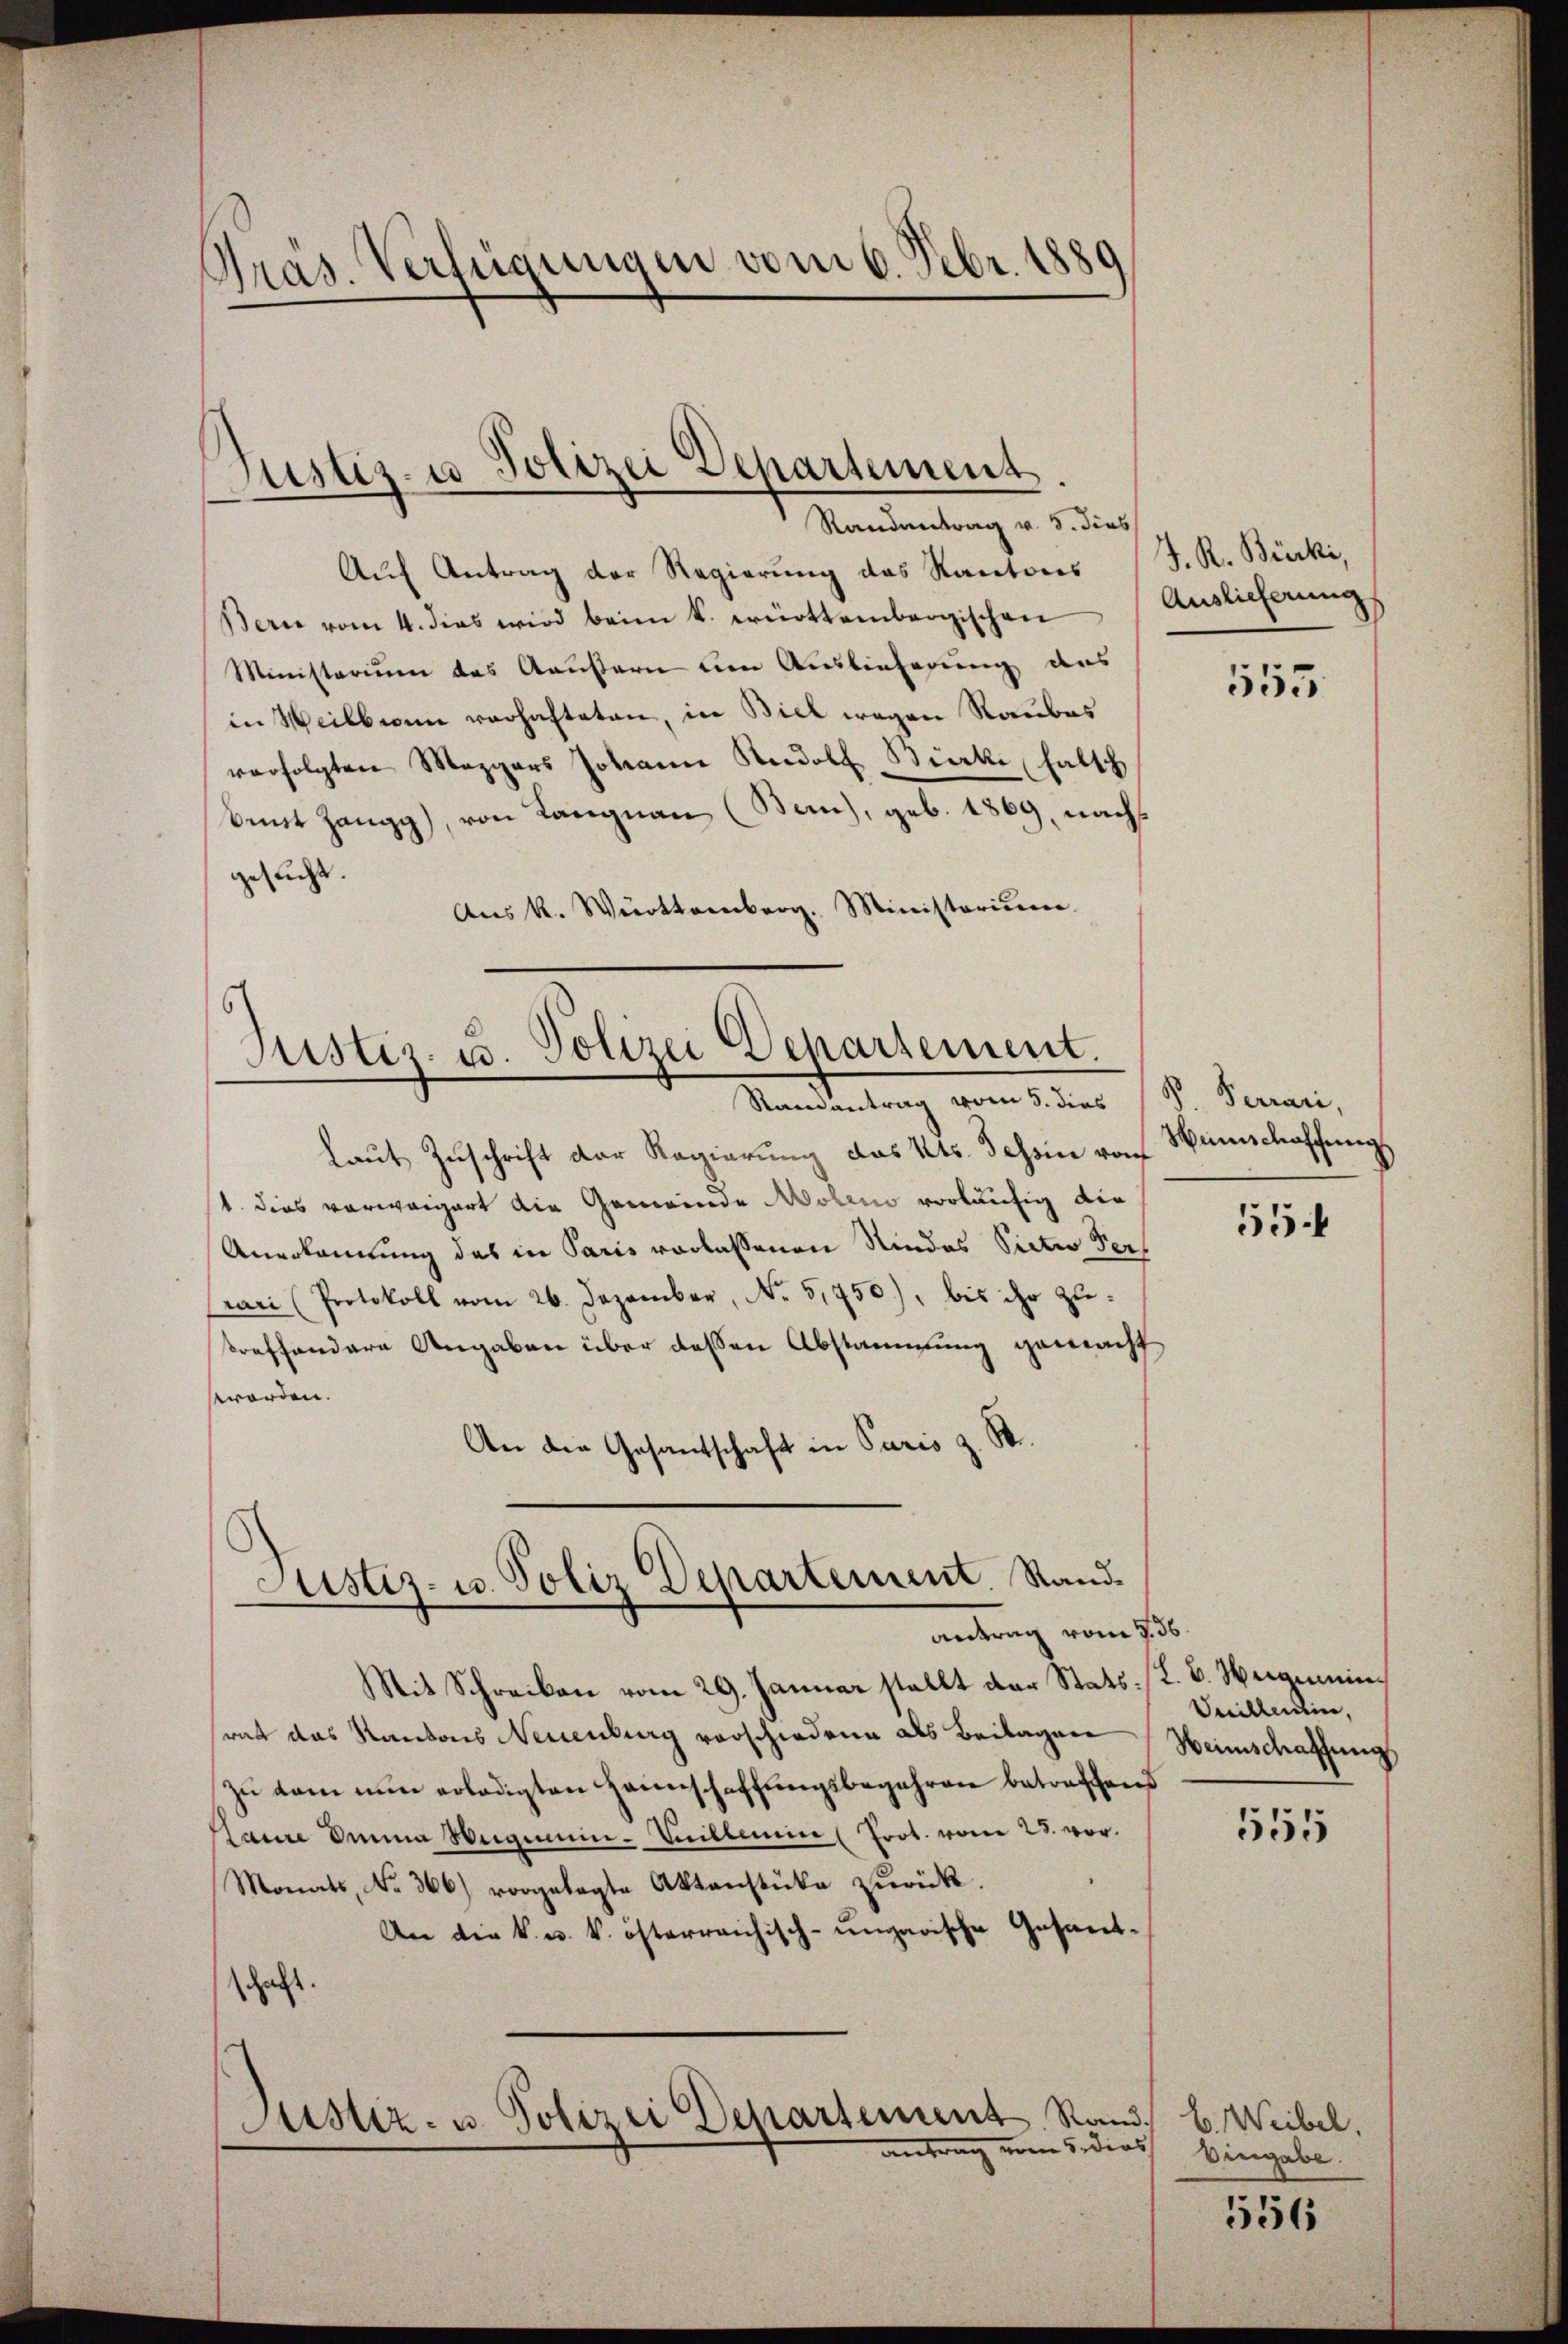
pras. Verfügungen vom 6. Febr. 1889
)

Justiz- u Polizei Departement
Randantrag v. 5. dies

Auf Antrag der Regierung des Kantons
Bern vom 4. dies wird beim k. erottembergischen
Ministerium das Aeußern um Auslieferung aus
in Weilbien verhafteten, in Biel wegen Raubes
verfolgten Mezgers Johann Rudolf Birke halt
Amt Zangg), von Langnau (Ban), geb. 1869, nach
gesucht.
Aŭs K. Württemberg. Ministerium

Justiz- u. Polizei Departement.
Ramantrag vom 5. dies

Justiz- u. Poliz Departement. Sand¬
Antrag von 3. ds.

laut Zuschrift der Regierung des Kts. Tessin vo
1 dies vorweigert die Gemeinde Moleno vorläufig die
Anerkannung das in Paris vorlassenen Rindes Victio Per
vari (Protokoll vom 26. Dezember, No 5,750), bis ihr zutreffendere Angaben über dessen Abstammung gemacht
worden.
An die Gesantschaft in Paris z. St.

J. R. Bicki,
Auslieferung

Sit Schreiben vom 29. Januar stellt der Stats: K. B. Weigenninrat das Kantons Neuenburg vorschiedene als Beilagen
zu kam nun erledigten Hannschaffungsbegehren betreffend
Laure Anna Wegennin-Villemin (Prot. vom 28. vor.
Monats, No. 366) vorgelegte Aktenstücke zŭrück.
An die k. u. k. österreichisch-ungarische Gesandschaft.
Justiz- u. Polizei Departement Rand. B. Weibel,
antrag vom 5. dies Eingabe.

555

P. Ferrari,
Winschaffung

55.

Veillentin,
Weinschaffung

555

556